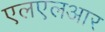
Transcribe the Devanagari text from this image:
एलएलआर